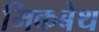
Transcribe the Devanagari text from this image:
मिकबेथ